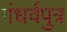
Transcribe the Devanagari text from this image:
गंधर्वपुत्र